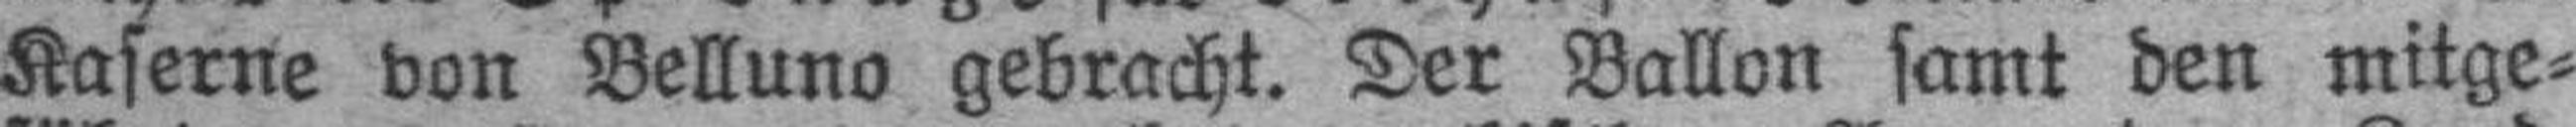
Kaserne von Belluno gebracht. Der Ballon samt den mitge¬